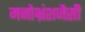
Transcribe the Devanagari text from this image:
मनोभ्रंशजैसी